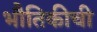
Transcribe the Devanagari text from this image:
भौतिकीची